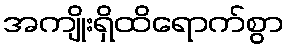
အကျိုးရှိထိရောက်စွာ